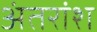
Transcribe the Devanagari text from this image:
अंतरांश